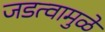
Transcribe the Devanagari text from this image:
जडत्वामुळे